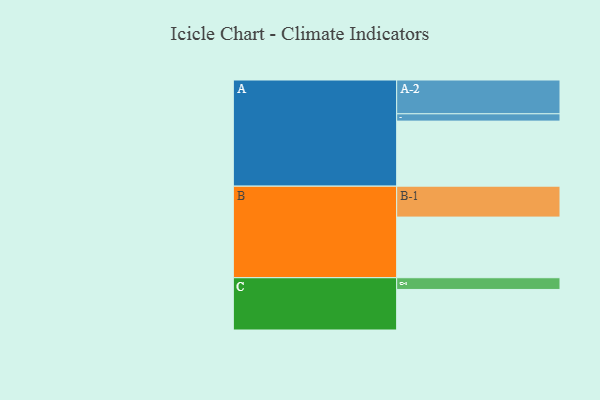
{"axis": {"x": "Segment", "y": "Value"}, "legend": ["", "A", "B", "C"], "data": [{"x": "A", "y": 560, "type": ""}, {"x": "B", "y": 522, "type": ""}, {"x": "C", "y": 349, "type": ""}, {"x": "A-1", "y": 63, "type": "A"}, {"x": "A-2", "y": 291, "type": "A"}, {"x": "B-1", "y": 266, "type": "B"}, {"x": "C-1", "y": 101, "type": "C"}]}